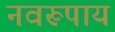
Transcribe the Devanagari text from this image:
नवरूपाय